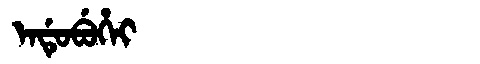
Manchu: ᡝᠨᡩᡠᠪᡠᡥᡝᡳ
Romanization: ENDUBUHEI